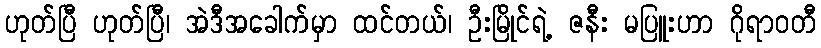
ဟုတ်ပြီ ဟုတ်ပြီ၊ အဲဒီအခေါက်မှာ ထင်တယ်၊ ဦးမြိုင်ရဲ့ ဇနီး မပြူးဟာ ဂိုရာဝတီ